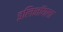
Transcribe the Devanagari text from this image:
इलिनॉयला